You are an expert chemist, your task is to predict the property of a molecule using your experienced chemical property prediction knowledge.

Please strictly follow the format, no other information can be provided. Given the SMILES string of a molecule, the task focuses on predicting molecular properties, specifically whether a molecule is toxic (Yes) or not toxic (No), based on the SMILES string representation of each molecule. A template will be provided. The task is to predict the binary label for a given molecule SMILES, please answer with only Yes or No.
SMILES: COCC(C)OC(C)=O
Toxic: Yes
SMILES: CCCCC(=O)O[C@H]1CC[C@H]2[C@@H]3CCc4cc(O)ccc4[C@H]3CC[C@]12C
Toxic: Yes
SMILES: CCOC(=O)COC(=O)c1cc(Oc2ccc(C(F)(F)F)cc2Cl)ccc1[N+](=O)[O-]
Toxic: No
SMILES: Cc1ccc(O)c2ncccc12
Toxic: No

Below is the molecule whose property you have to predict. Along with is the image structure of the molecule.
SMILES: Oc1ccc(-c2ccc(O)cc2)cc1
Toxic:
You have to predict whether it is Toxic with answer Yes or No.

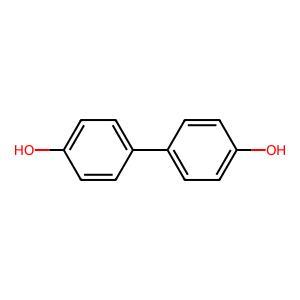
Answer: No